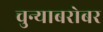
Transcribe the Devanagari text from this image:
चुन्याबरोबर